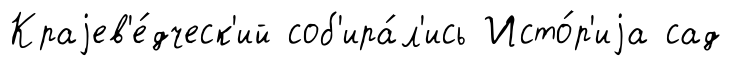
Краjев'е́дческ'ий соб'ира́л'ись Исто́р'иjа сад